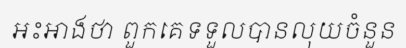
អះអាងថា ពួកគេទទួលបានលុយចំនួន